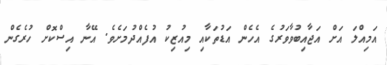
އަމިއްލަ އަށް އަޖާއިބުވާވަރުގެ އެހެން އަޑުތަކާއި މިއުޒިކު އުފެއްދުމަށެވެ. އޭނާ އިސްކޮށް ހުރެގެން